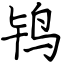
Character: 鸨